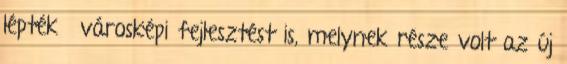
léptékű városképi fejlesztést is, melynek része volt az új